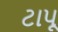
ટાપૂ